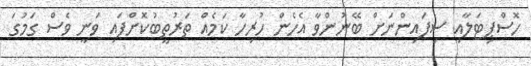
ހޮސްޕިޓަލާއި ސިފައިންނަށް ބޭނުންވާ އެހެން ހުރިހާ ކަމެއް ތަރުތީބުކޮށްފައި ވަނީ ވެސް ގަމުގަ